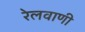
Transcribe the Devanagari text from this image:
रेलवाणी